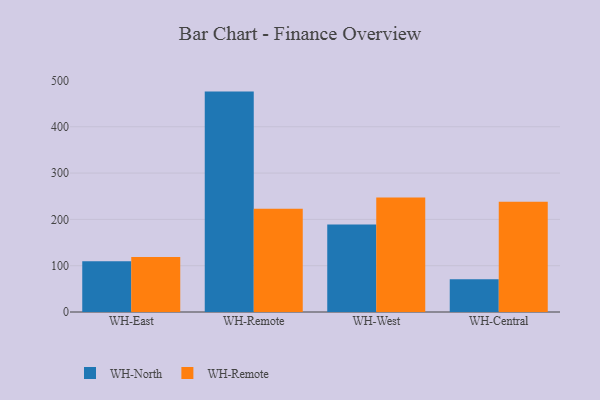
{"axis": {"x": "Warehouse", "y": "Shipments"}, "legend": ["WH-North", "WH-Remote"], "data": [{"x": "WH-East", "y": 109.6, "type": "WH-North"}, {"x": "WH-East", "y": 118.6, "type": "WH-Remote"}, {"x": "WH-Remote", "y": 475.9, "type": "WH-North"}, {"x": "WH-Remote", "y": 222.7, "type": "WH-Remote"}, {"x": "WH-West", "y": 188.8, "type": "WH-North"}, {"x": "WH-West", "y": 247.4, "type": "WH-Remote"}, {"x": "WH-Central", "y": 70.9, "type": "WH-North"}, {"x": "WH-Central", "y": 238.0, "type": "WH-Remote"}]}